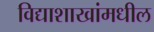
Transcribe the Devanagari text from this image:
विद्याशाखांमधील